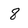
Character: 8